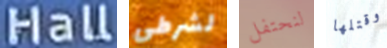
Hall لشرطي لنحتفل وقتلها